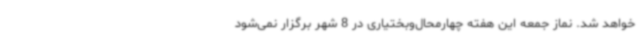
خواهد شد. نماز جمعه این هفته چهارمحال‌وبختیاری در 8 شهر برگزار نمی‌شود